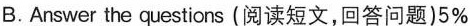
B.Answer the questions (阅读短文,回答问题)5%